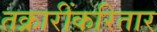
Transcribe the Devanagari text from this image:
तक्रारींकरितार